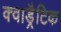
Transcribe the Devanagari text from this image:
क्वाड्रैटिक